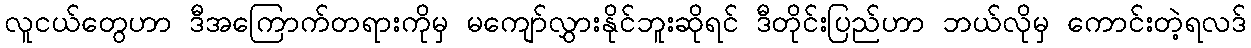
လူငယ်တွေဟာ ဒီအကြောက်တရားကိုမှ မကျော်လွှားနိုင်ဘူးဆိုရင် ဒီတိုင်းပြည်ဟာ ဘယ်လိုမှ ကောင်းတဲ့ရလဒ်